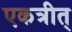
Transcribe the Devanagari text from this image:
एकत्रीत्